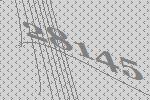
28145